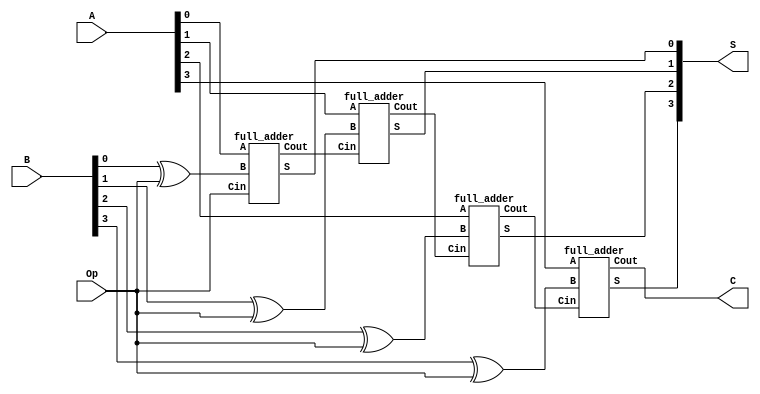
`timescale 1ns / 1ps
//////////////////////////////////////////////////////////////////////////////////
// Company: 
// Engineer: 
// 
// Design Name: 
// Module Name:    ripple_carry_adder_subtractor 
// Project Name: 
// Target Devices: 
// Tool versions: 
// Description: 
//
// Dependencies: 
//
// Revision: 
// Revision 0.01 - File Created
// Additional Comments: 
//
//////////////////////////////////////////////////////////////////////////////////
module ripple_carry_adder_subtractor(input [3:0] A, input [3:0] B, input Op, output [3:0] S, output  C);

		// Write your ripple carry adder subtractor code here
		wire C1;
		wire C2;
		wire C3;
		full_adder f0(S[0],C1,A[0],B[0]^Op,Op);
		full_adder f1(S[1],C2,A[1],B[1]^Op,C1);
		full_adder f2(S[2],C3,A[2],B[2]^Op,C2);
		full_adder f3(S[3],C,A[3],B[3]^Op,C3);

endmodule 

module full_adder(output S, output Cout, input A, input B, input Cin);
	
		// Write your full adder code here
		assign S = (A^B)^Cin;
	    assign	Cout = (A&B)+(Cin&(A^B));

endmodule 

module rcas_test;

	reg [3:0] A;
	reg [3:0] B;
        reg Op;
	wire [3:0] S;
	wire C;
	
	// Instantiate the Unit Under Test (UUT)
	ripple_carry_adder_subtractor uut ( A, B, Op,S, C);
	
	initial begin
		A=4'b0011 ; 
		B=4'b0010 ;
		Op=0;
		#10 A=4'b1111; B=4'b1111; Op=0;
		#10 A=4'b1100; B=4'b0100; Op=1;  
		#10 A=4'b0011; B=4'b1010; Op=1;
		#10 A=4'b0100; B=4'b1100; Op=0; 
		#10 $finish;
	end    
endmodule